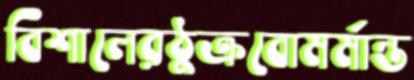
বিশালেরঠুক্‌রবোমর্মান্ত